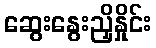
ဆွေးနွေးညှိနှိုင်း